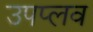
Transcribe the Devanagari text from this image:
उपप्लव